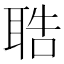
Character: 聕